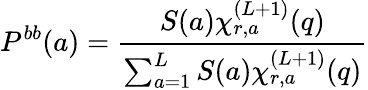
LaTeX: P^{bb}(a)=\frac{S(a)\chi_{r,a}^{(L+1)}(q)}{\sum_{a=1}^{L}S(a)\chi_{r,a}^{(L+1)}(q)}